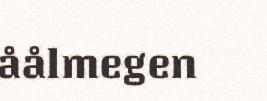
åålmegen